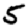
Digit: 5